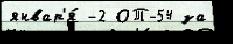
январ'я́ -2 ОТ-54 за